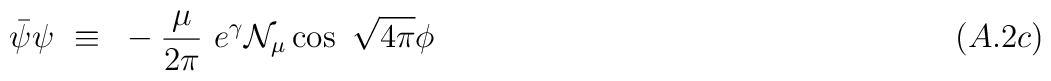
\bar{\psi}\psi ~\equiv~ -\frac{\mu}{2\pi}~e^\gamma {\cal N}_\mu\cos~\sqrt{4\pi}\phi ~~~~~~~~~~~~~~~~~~~~~~~~~~~~~~~~~~~~~~~~~~~~~~~~(A.2c)